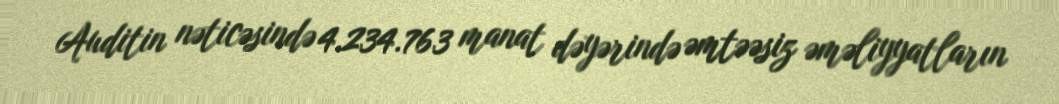
Auditin nəticəsində 4.234.763 manat dəyərində əmtəəsiz əməliyyatların